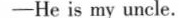
-He is my uncle.